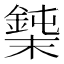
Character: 𰼼